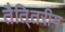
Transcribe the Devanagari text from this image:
तैति्तरीय